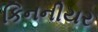
કિનનીયર